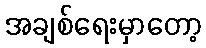
အချစ်ရေးမှာတော့